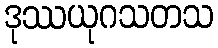
ဒုဿယုဂသတသ